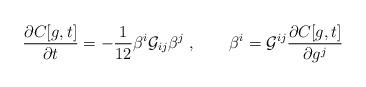
LaTeX: \begin{align*}\frac{\partial C[g,t]}{\partial t} = -\frac{1}{12}\beta^i {\cal G}_{ij}\beta^j~, \qquad \beta^i = {\cal G}^{ij}\frac{\partial C[g,t]}{\partial g^j}\end{align*}